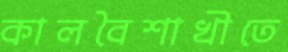
কালবৈশাখীতে